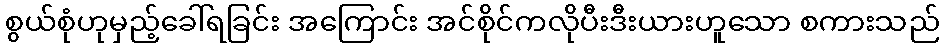
စွယ်စုံဟုမှည့်ခေါ်ရခြင်း အကြောင်း အင်စိုင်ကလိုပီးဒီးယားဟူသော စကားသည်